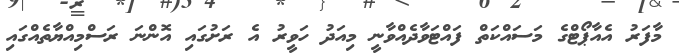
މާފަރު އެއާޕޯޓްގެ މަސައްކަތް ފައްޓަވާދެއްވާނީ މިއަދު ހަވީރު އެ ރަށުގައި އޮންނަ ރަސްމިއްޔާތެއްގައި